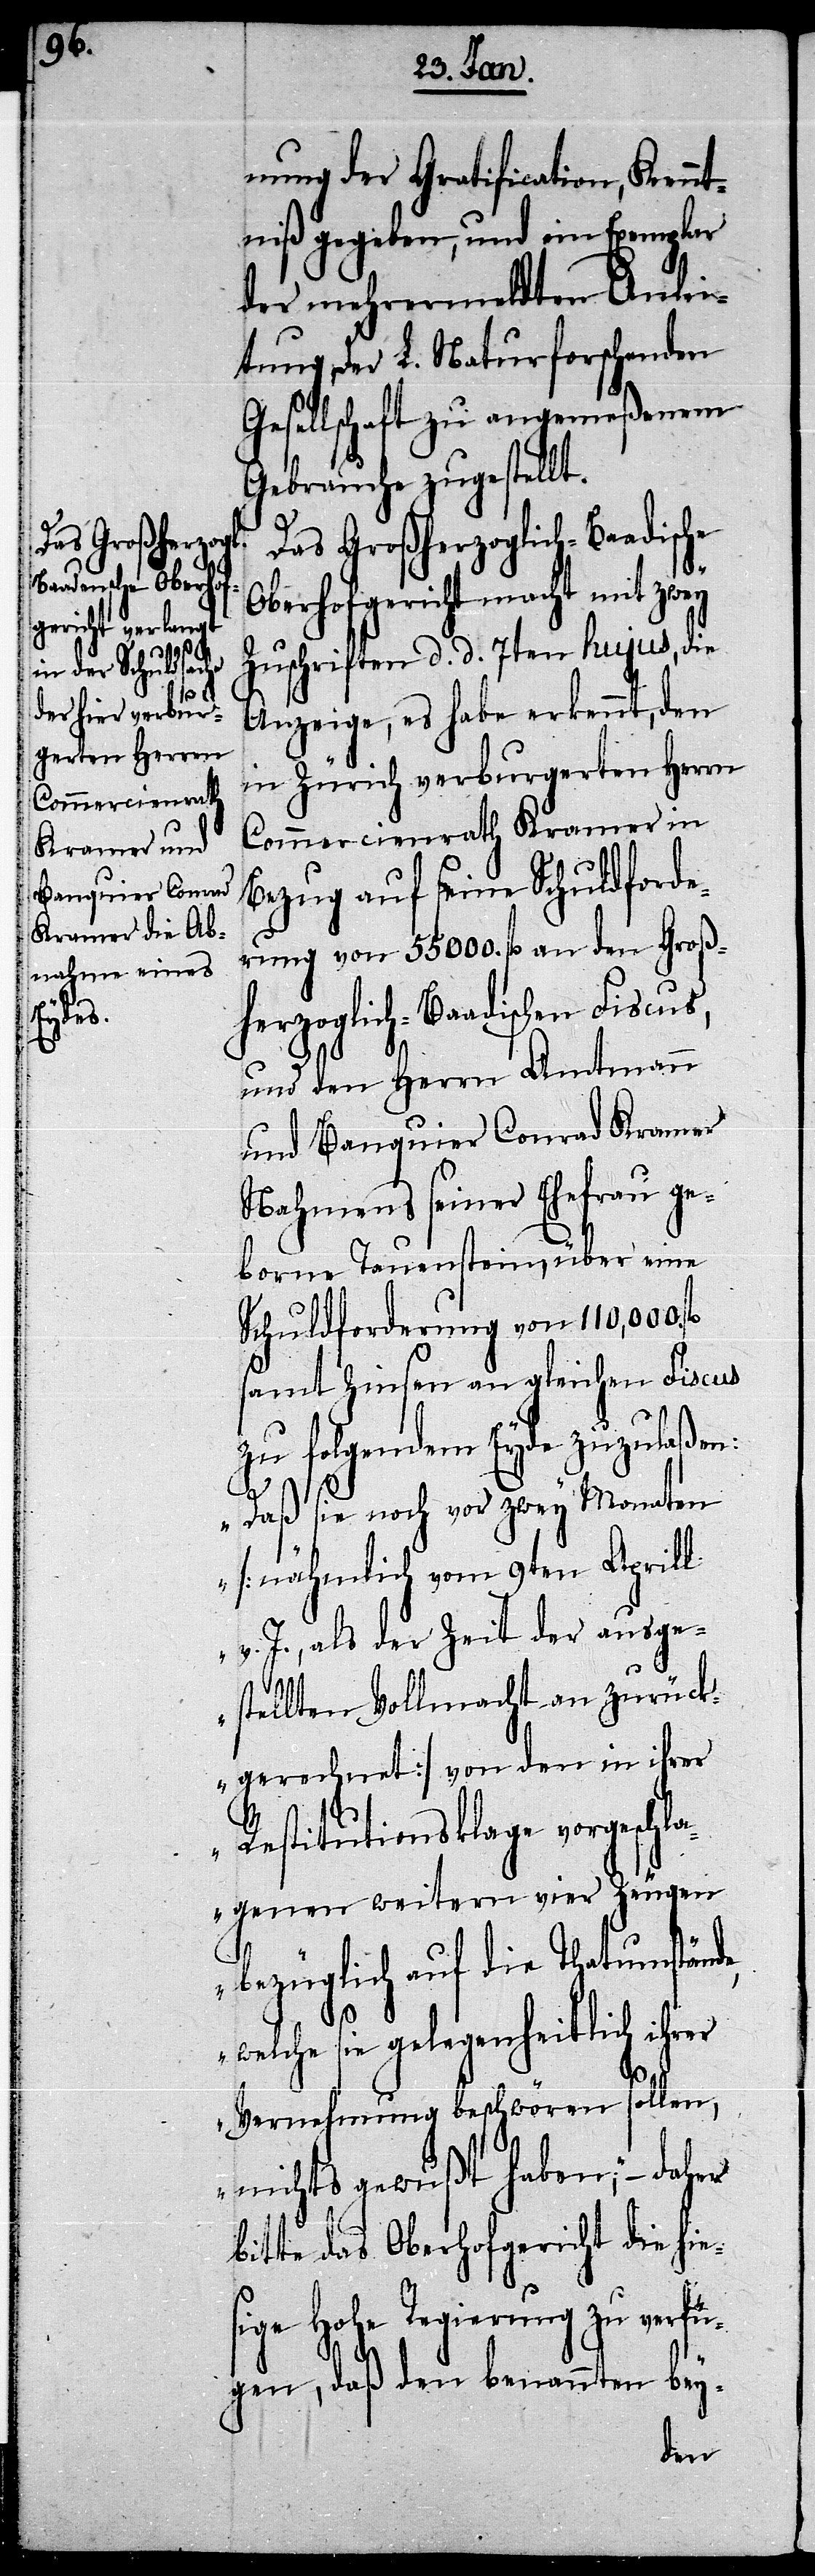
nung der Gratification, Kennt¬
niß gegeben, und ein Exemplar
der mehrermeldten Anlei¬
tung der L. Naturforschenden
Gesellschaft zu angemeßenem
Gebrauche zugestellt.
Das Großherzoglich-Baadische
Oberhofgericht macht mit zwey
Zuschriften d. d. 7ten hujus, die
Anzeige, es habe erkennt, den
in Zürich verburgerten Herrn
Commercienrath Kramer in
Bezug auf seine Schuldforde¬
rung von 55000. fl. an den Groß¬
herzoglich-Baadischen Fiscus,
und den Herrn Amtmann
und Banquier Conrad Kramer
Nahmens seiner Ehefrau ge¬
borne Tauenstein, über eine
Schuldforderung von 110,000.
samt Zinsen an gleichen Fiscus
zu folgendem Eyde zuzulaßen:
„Daß sie noch vor zwey Monaten
[nähmlich vom 9ten Aprill
v. J., als der Zeit der ausge¬
stellten Vollmacht an zurück¬
gerechnet] von den in ihrer
Restitutionsklage vorgeschl¬
agenen weitern vier Zeugen
bezüglich auf die Thatumstände,
welche sie gelegenheitlich ihrer
Vernehmung beschwören sollen,
nichts gewußt haben,“ – daher
bitte das Oberhofgericht die hie¬
sige Hohe Regierung zu verfü¬
gen, daß den benannten bey-